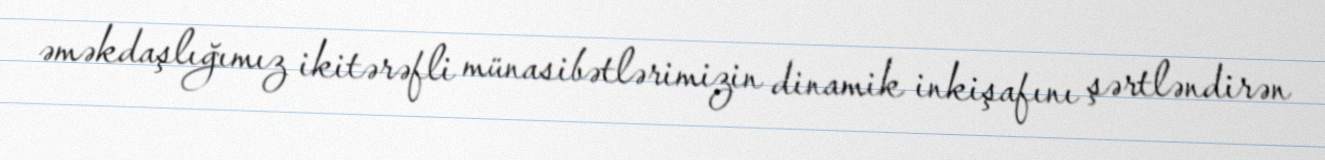
əməkdaşlığımız ikitərəfli münasibətlərimizin dinamik inkişafını şərtləndirən